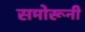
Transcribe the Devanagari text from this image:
समोरूनी